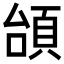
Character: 𩒎